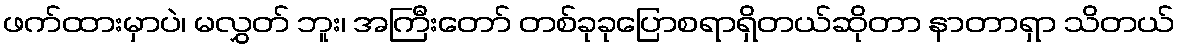
ဖက်ထားမှာပဲ၊ မလွှတ် ဘူး၊ အကြီးတော် တစ်ခုခုပြောစရာရှိတယ်ဆိုတာ နာတာရှာ သိတယ်